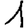
Digit: 1